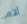
آلام